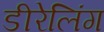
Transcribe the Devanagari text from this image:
डीरेलिंग